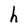
Character: h